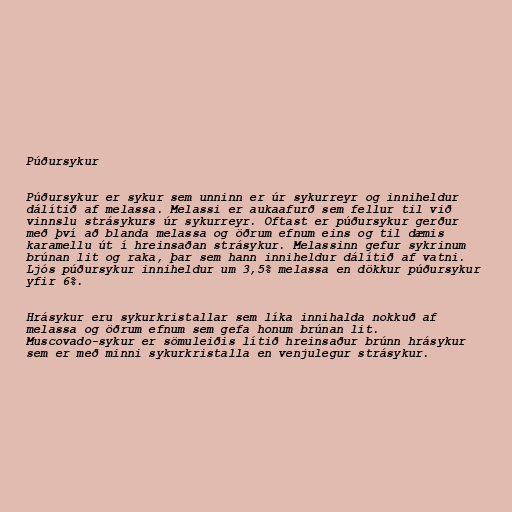
Púðursykur

Púðursykur er sykur sem unninn er úr sykurreyr og inniheldur
dálítið af melassa. Melassi er aukaafurð sem fellur til við
vinnslu strásykurs úr sykurreyr. Oftast er púðursykur gerður
með því að blanda melassa og öðrum efnum eins og til dæmis
karamellu út í hreinsaðan strásykur. Melassinn gefur sykrinum
brúnan lit og raka, þar sem hann inniheldur dálítið af vatni.
Ljós púðursykur inniheldur um 3,5% melassa en dökkur púðursykur
yfir 6%.

Hrásykur eru sykurkristallar sem líka innihalda nokkuð af
melassa og öðrum efnum sem gefa honum brúnan lit.
Muscovado-sykur er sömuleiðis lítið hreinsaður brúnn hrásykur
sem er með minni sykurkristalla en venjulegur strásykur.